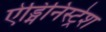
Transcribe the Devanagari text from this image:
ऐड्मिनिस्ट्रेश